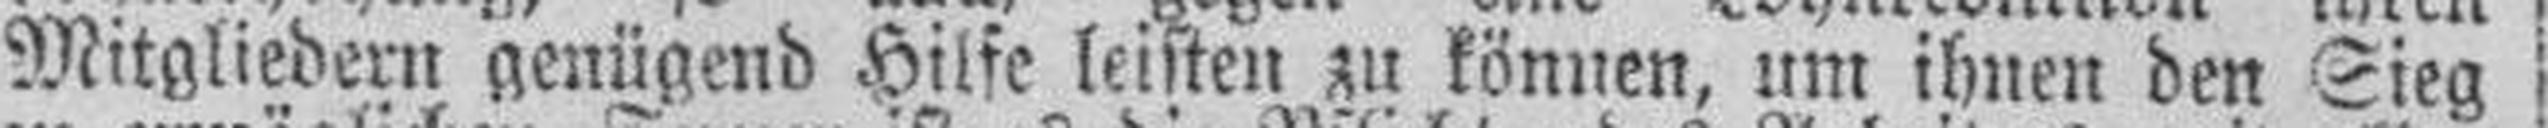
Mitgliedern genügend Hilfe leisten zu können, um ihnen den Sieg